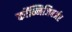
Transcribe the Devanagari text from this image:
कॉन्निजिबर्जर